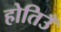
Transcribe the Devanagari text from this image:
होतिउँ